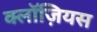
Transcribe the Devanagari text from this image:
क्लॉज़ियस